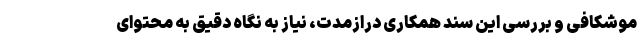
موشکافی و بررسی این سند همکاری درازمدت، نیاز به نگاه دقیق به محتوای